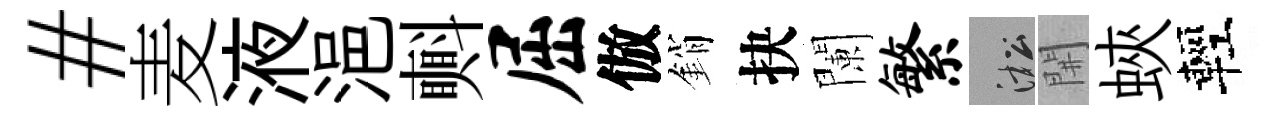
#麦液浥㪺屈倣銷抉闌繁淞𨳩蛺輕